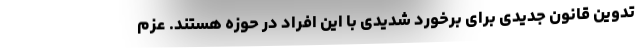
تدوین قانون جدیدی برای برخورد شدیدی با این افراد در حوزه هستند. عزم